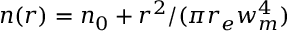
n ( r ) = n _ { 0 } + r ^ { 2 } / ( \pi r _ { e } w _ { m } ^ { 4 } )